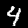
Label: 4